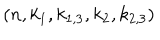
LaTeX: ( n , k _ { 1 } , k _ { 1 , 3 } , k _ { 2 } , k _ { 2 , 3 } )